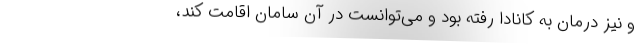
و نیز درمان به کانادا رفته بود و می‌توانست در آن سامان اقامت کند،